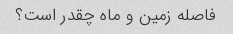
فاصله زمین و ماه چقدر است؟